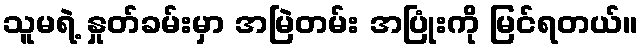
သူမရဲ့ နှုတ်ခမ်းမှာ အမြဲတမ်း အပြုံးကို မြင်ရတယ်။